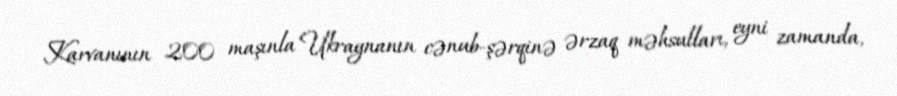
Karvanının 200 maşınla Ukraynanın cənub-şərqinə ərzaq məhsulları, eyni zamanda,